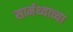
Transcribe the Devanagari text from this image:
सार्मथ्याच्या